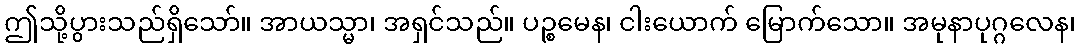
ဤသို့ပွားသည်ရှိသော်။ အာယသ္မာ၊ အရှင်သည်။ ပဉ္စမေန၊ ငါးယောက် မြောက်သော။ အမုနာပုဂ္ဂလေန၊